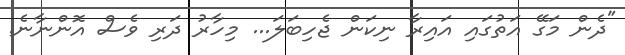
"ދެން މަގޭ އަތުގައި އައިރާ ނިކަން ޖެހިބަލަ... މިހާރު ދަރި ވެސް އޮންނާނެ.